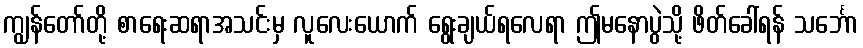
ကျွန်တော်တို့ စာရေးဆရာအသင်းမှ လူလေးယောက် ရွေးချယ်ရလေရာ ဤမနောပွဲသို့ ဖိတ်ခေါ်ရန် သင်္ဘော